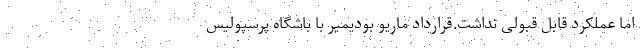
اما عملکرد قابل قبولی نداشت.قرارداد ماریو بودیمیر با باشگاه پرسپولیس